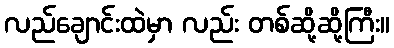
လည်ချောင်းထဲမှာ လည်း တစ်ဆို့ဆို့ကြီး။